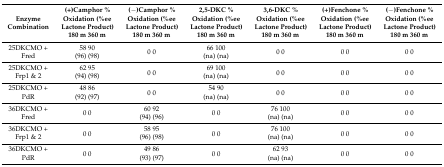
<table><thead><tr><td><b>Enzyme Combination</b></td><td><b>(+)Camphor % Oxidation (%ee Lactone Product) 180 m 360 m</b></td><td><b>(−)Camphor % Oxidation (%ee Lactone Product) 180 m 360 m</b></td><td><b>2,5-DKC % Oxidation (%ee Lactone Product) 180 m 360 m </b></td><td><b>3,6-DKC % Oxidation (%ee Lactone Product) 180 m 360 m</b></td><td><b>(+)Fenchone % Oxidation (%ee Lactone Product) 180 m 360 m </b></td><td><b>(−)Fenchone % Oxidation (%ee Lactone Product) 180 m 360 m </b></td></tr></thead><tbody><tr><td>25DKCMO + </td><td>58 90</td><td rowspan="2">0 0</td><td>66 100</td><td rowspan="2">0 0</td><td rowspan="2">0 0</td><td rowspan="2">0 0</td></tr><tr><td>Fred</td><td>(96) (98)</td><td>(na) (na)</td></tr><tr><td>25DKCMO + </td><td>62 95</td><td rowspan="2">0 0</td><td>69 100</td><td rowspan="2">0 0</td><td rowspan="2">0 0</td><td rowspan="2">0 0</td></tr><tr><td>Frp1 &amp; 2</td><td>(94) (98)</td><td>(na) (na)</td></tr><tr><td>25DKCMO + </td><td>48 86</td><td rowspan="2">0 0</td><td>54 90</td><td rowspan="2">0 0</td><td rowspan="2">0 0</td><td rowspan="2">0 0</td></tr><tr><td>PdR</td><td>(92) (97)</td><td>(na) (na)</td></tr><tr><td>36DKCMO + </td><td rowspan="2">0 0</td><td>60 92</td><td rowspan="2">0 0</td><td>76 100</td><td rowspan="2">0 0</td><td rowspan="2">0 0</td></tr><tr><td>Fred</td><td>(94) (96)</td><td>(na) (na)</td></tr><tr><td>36DKCMO + </td><td rowspan="2">0 0</td><td>58 95</td><td rowspan="2">0 0</td><td>76 100</td><td rowspan="2">0 0</td><td rowspan="2">0 0</td></tr><tr><td>Frp1 &amp; 2</td><td>(96) (98)</td><td>(na) (na)</td></tr><tr><td>36DKCMO + </td><td rowspan="2">0 0</td><td>49 86</td><td rowspan="2">0 0</td><td>62 93</td><td rowspan="2">0 0</td><td rowspan="2">0 0</td></tr><tr><td>PdR</td><td>(93) (97)</td><td>(na) (na)</td></tr></tbody></table>